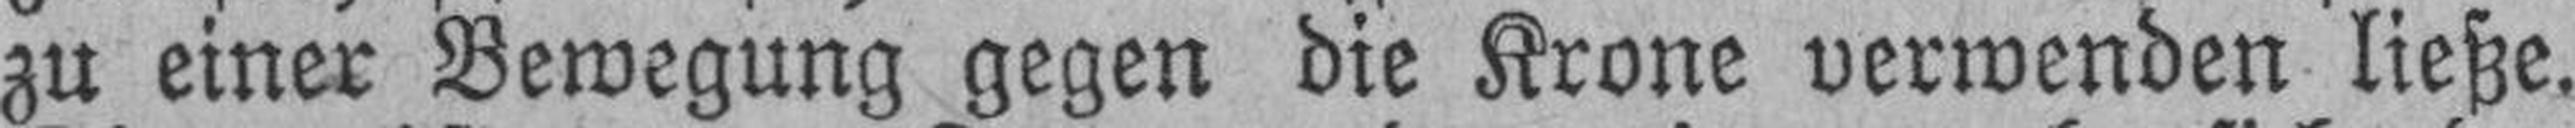
zu einer Bewegung gegen die Krone verwenden ließe.